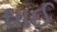
ઘાઈ